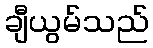
ချီယွမ်သည်